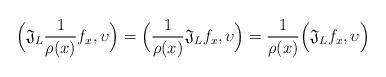
LaTeX: \begin{align*}\Big(\mathfrak{J}_L \frac{1}{\rho (x)}f_x , \upsilon \Big) = \Big(\frac{1}{\rho (x)}\mathfrak{J}_L f_x , \upsilon \Big)= \frac{1}{\rho (x)} \Big(\mathfrak{J}_L f_x , \upsilon \Big)\end{align*}